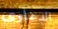
الدعاوى